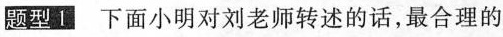
题型1 下面小明对刘老师转述的话，最合理的